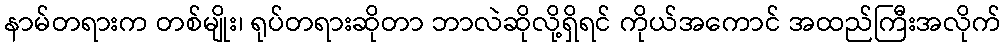
နာမ်တရားက တစ်မျိုး၊ ရုပ်တရားဆိုတာ ဘာလဲဆိုလို့ရှိရင် ကိုယ်အကောင် အထည်ကြီးအလိုက်